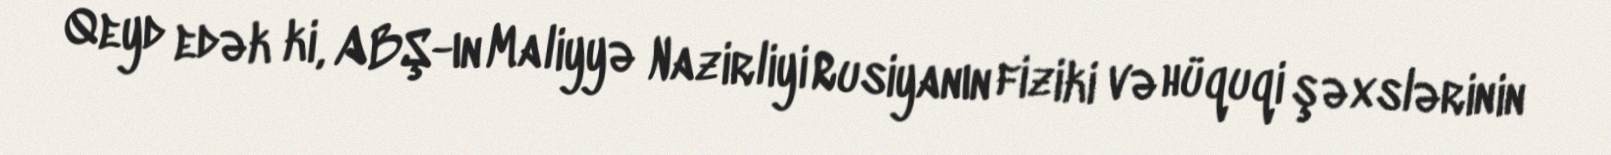
Qeyd edək ki, ABŞ-ın Maliyyə Nazirliyi Rusiyanın fiziki və hüquqi şəxslərinin